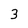
Character: 3